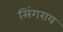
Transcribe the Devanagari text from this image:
सिंगराय